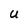
Character: U